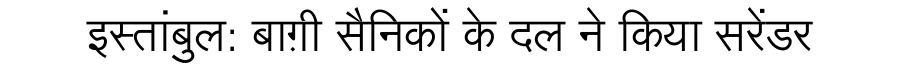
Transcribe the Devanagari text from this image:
इस्तांबुल: बाग़ी सैनिकों के दल ने किया सरेंडर